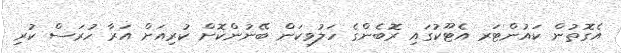
އެގޮތުން ކައުންޓަރ އެޓޫކުގައި ރޮބެންގެ ހަލުވިކަން ބޭނުންކޮށް ކުރިއަށް އަރާ ހުރަސް ކުރި